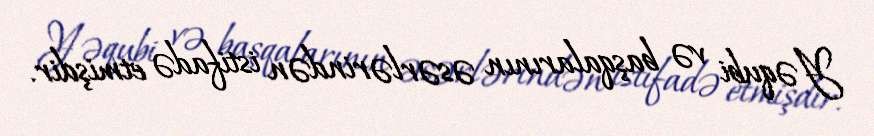
Yəqubi və başqalarının əsərlərindən istifadə etmişdir.